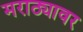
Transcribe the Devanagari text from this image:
मराठ्यावर